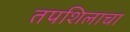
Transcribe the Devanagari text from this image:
तपशिलाचा